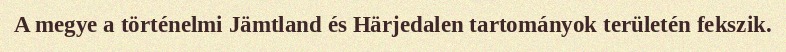
A megye a történelmi Jämtland és Härjedalen tartományok területén fekszik.